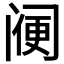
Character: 𨸇